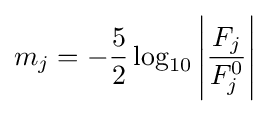
m_{j}=-{\frac {5}{2}}\log _{10}\left|{\frac {F_{j}}{F_{j}^{0}}}\right|